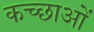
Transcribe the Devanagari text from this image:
कच्छाओं